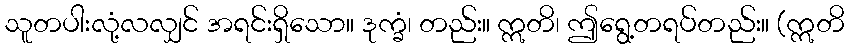
သူတပါးလုံ့လလျှင် အရင်းရှိသော။ ဒုက္ခံ၊ တည်း။ ဣတိ၊ ဤရွေ့တရပ်တည်း။ (ဣတိ